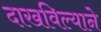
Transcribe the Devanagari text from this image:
दाखविल्याने